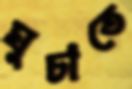
ঘুচাতে